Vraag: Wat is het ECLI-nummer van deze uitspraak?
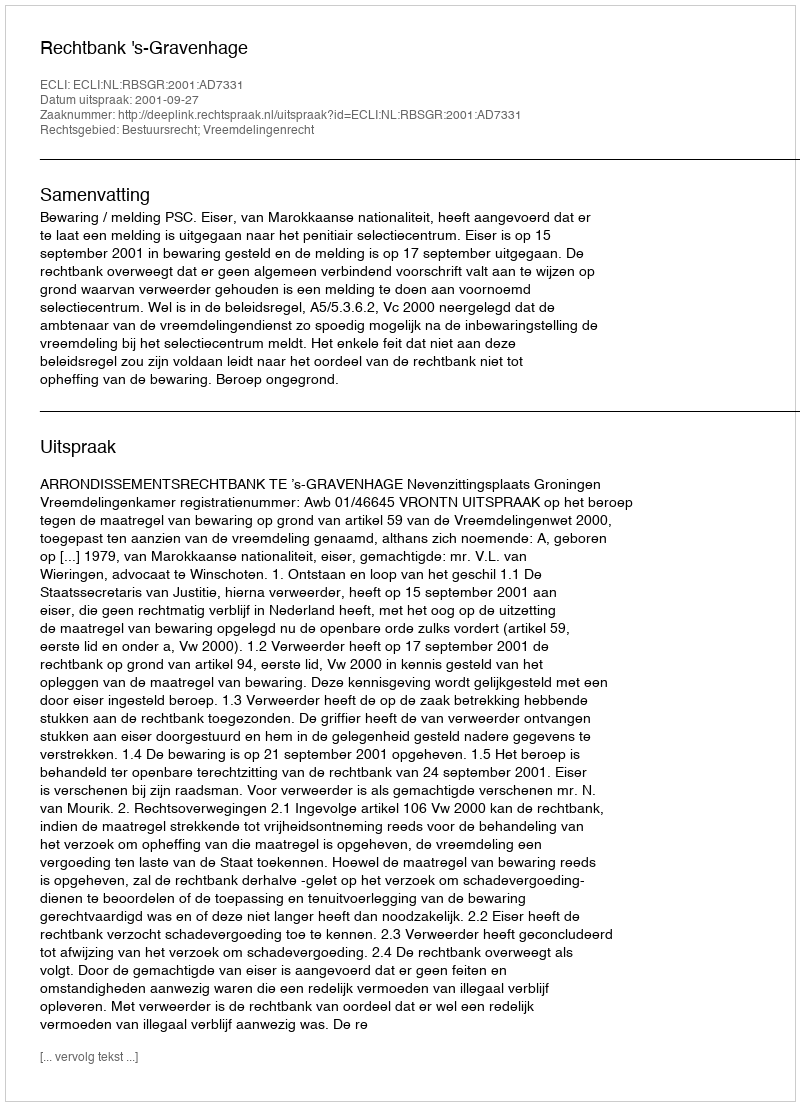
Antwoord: ECLI:NL:RBSGR:2001:AD7331